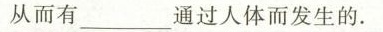
从而有___通过人体而发生的.